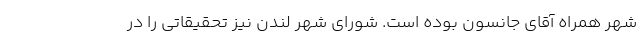
شهر همراه آقای جانسون بوده است. شورای شهر لندن نیز تحقیقاتی را در